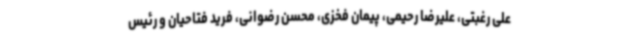
علی رغبتی، علیرضا رحیمی، پیمان فخزی، محسن رضوانی، فرید فتاحیان و رئیس